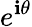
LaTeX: e^{\mathbf{i}\theta}